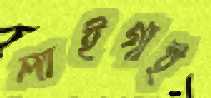
লাইগাই